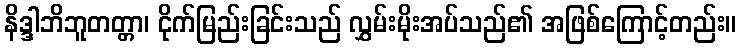
နိဒ္ဒါဘိဘူတတ္တာ၊ ငိုက်မြည်းခြင်းသည် လွှမ်းမိုးအပ်သည်၏ အဖြစ်ကြောင့်တည်း။